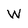
Character: W